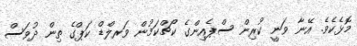
މޮޅެކެވެ. އޭނާ ވަނީ ކުރިން ސްޕެއިންގެ ކޯޗްކަމުން ވަރލްޑް ކަޕްގެ ތިން ދުވަސް